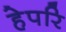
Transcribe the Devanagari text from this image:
हेपरि